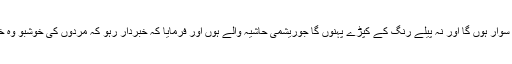
حضرت عمران بن حصینؓ سے روایت ہے کہ نبی اکرم ﷺ نے فرمایا: نہ تو میں ارغوانی گھوڑے پر سوار ہوں گا اور نہ پیلے رنگ کے کپڑے پہنوں گا جوریشمی حاشیہ والے ہوں اور فرمایا کہ خبردار رہو کہ مردوں کی خوشبو وہ خوشبو ہے جس میں رنگ نہ ہو اور عورتوں کی خوشبو وہ خوشبو ہے جس میں خوشبو نہ ہو رنگ ہو۔